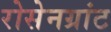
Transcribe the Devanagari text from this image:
रोसेनग्रांट